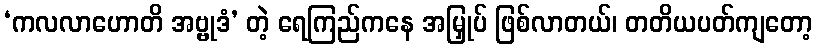
‘ကလလာဟောတိ အဗ္ဗုဒံ’ တဲ့ ရေကြည်ကနေ အမြှုပ် ဖြစ်လာတယ်၊ တတိယပတ်ကျတော့